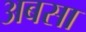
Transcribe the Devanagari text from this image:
अबसा